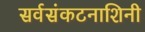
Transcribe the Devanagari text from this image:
सर्वसंकटनाशिनी